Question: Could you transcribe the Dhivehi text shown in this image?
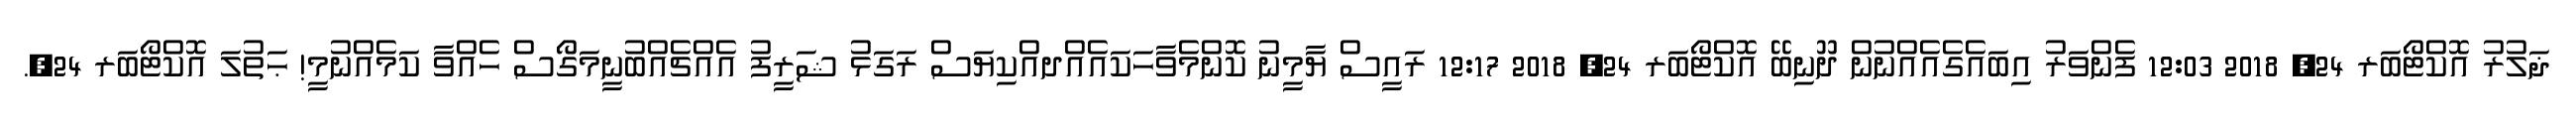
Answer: ޛަލުރު އޮކްޓޯބަރ 24, 2018 12:03 ފެންވަރު އިބައެގެއެއްނުން ދޫނިބޭ އޮކްޓޯބަރ 24, 2018 12:17 ރައީސް ޔާމީނު ކޮންމެވާހަކައެއްދއްކިޔަސް ރަގަޅު ޝަރީފު އެއްޗެއްބުނީމަގޯސް ހެއްވާ ކަމެއްނުމީ! ޙަތުލަ އޮކްޓޯބަރ 24,.